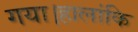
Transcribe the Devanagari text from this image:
गया।हालांकि